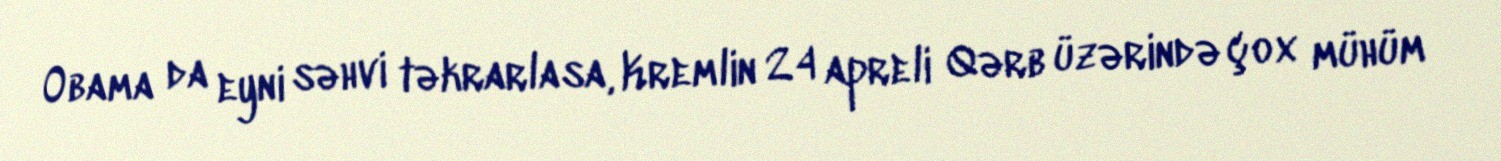
Obama da eyni səhvi təkrarlasa, Kremlin 24 apreli Qərb üzərində çox mühüm